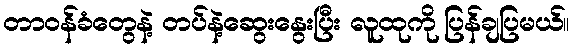
တာဝန်ခံတွေနဲ့ တပ်နဲ့ဆွေးနွေးပြီး လူထုကို ပြန်ချပြမယ်။